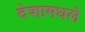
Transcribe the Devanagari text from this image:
देशामधले